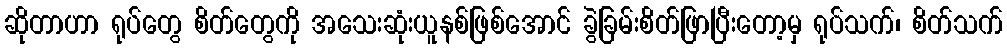
ဆိုတာဟာ ရုပ်တွေ စိတ်တွေကို အသေးဆုံးယူနစ်ဖြစ်အောင် ခွဲခြမ်းစိတ်ဖြာပြီးတော့မှ ရုပ်သက်၊ စိတ်သက်